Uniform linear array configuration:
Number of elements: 4
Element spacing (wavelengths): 1
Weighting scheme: hamming
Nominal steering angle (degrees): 45
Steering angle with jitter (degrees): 44.512
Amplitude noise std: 0.05
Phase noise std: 0.05

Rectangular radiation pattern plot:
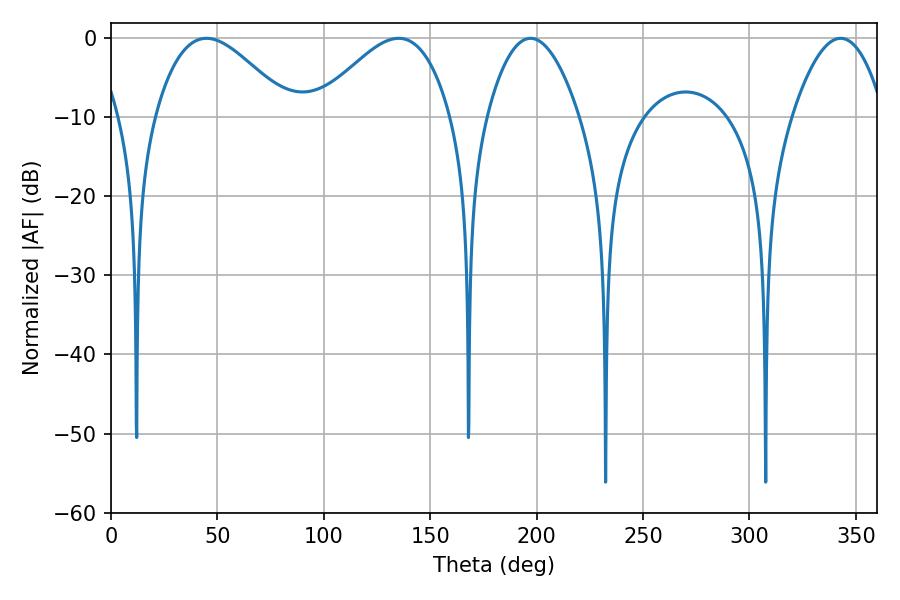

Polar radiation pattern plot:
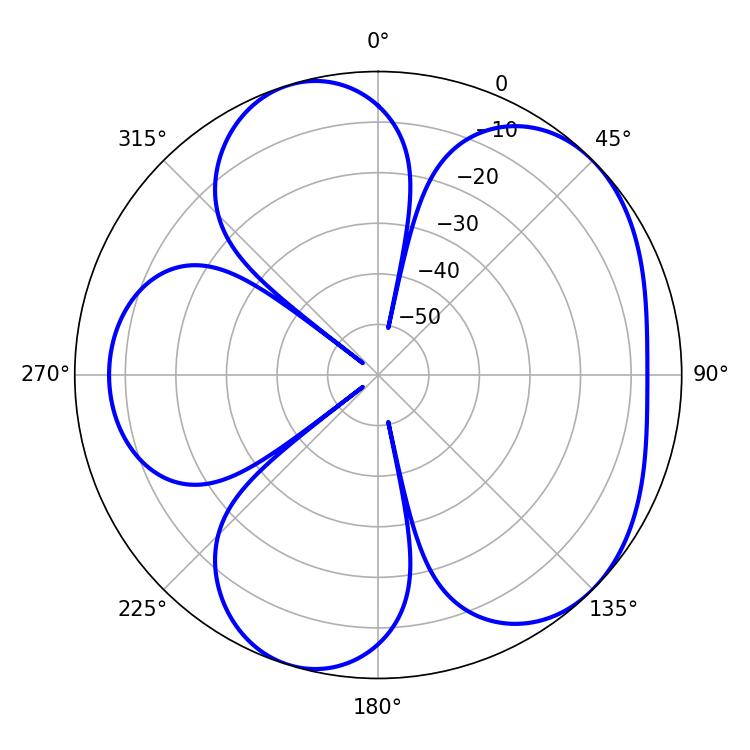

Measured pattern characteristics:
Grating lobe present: TRUE
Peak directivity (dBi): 5.313
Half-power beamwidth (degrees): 34.02
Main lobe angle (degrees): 44.82